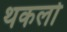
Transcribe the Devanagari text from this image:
थकलो